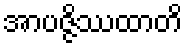
အာပဇ္ဇိဿထာတိ